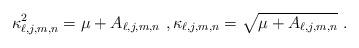
LaTeX: \begin{align*}\kappa _{\ell,j,m,n}^{2}=\mu +A_{\ell,j,m,n} \ , \kappa _{\ell,j,m,n}=\sqrt{\mu +A_{\ell,j,m,n} } \ .\end{align*}